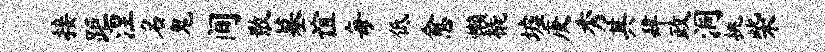
接距涅名鬼间散墓谊每低愈懒橇墟庚秀其肆政洞挑柴